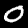
Label: 0